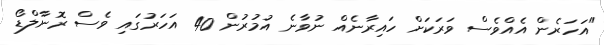
"އަހަރެން އެއްވެސް ވަރަކަށް ހައިރާނެއް ނުވާނެ އުމުރުން 40 އަހަރުގައި ވެސް ރޮނާލްޑޯ